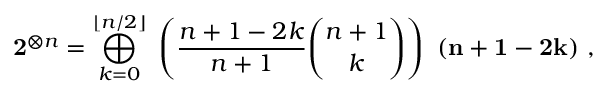
\mathbf { 2 } ^ { \otimes n } = \bigoplus _ { k = 0 } ^ { \lfloor n / 2 \rfloor } ~ \left( { \frac { n + 1 - 2 k } { n + 1 } } { \binom { n + 1 } { k } } \right) ~ ( \mathbf { n } + \mathbf { 1 } - \mathbf { 2 } \mathbf { k } ) ~ ,